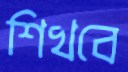
শিখবে